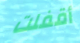
أقفلت